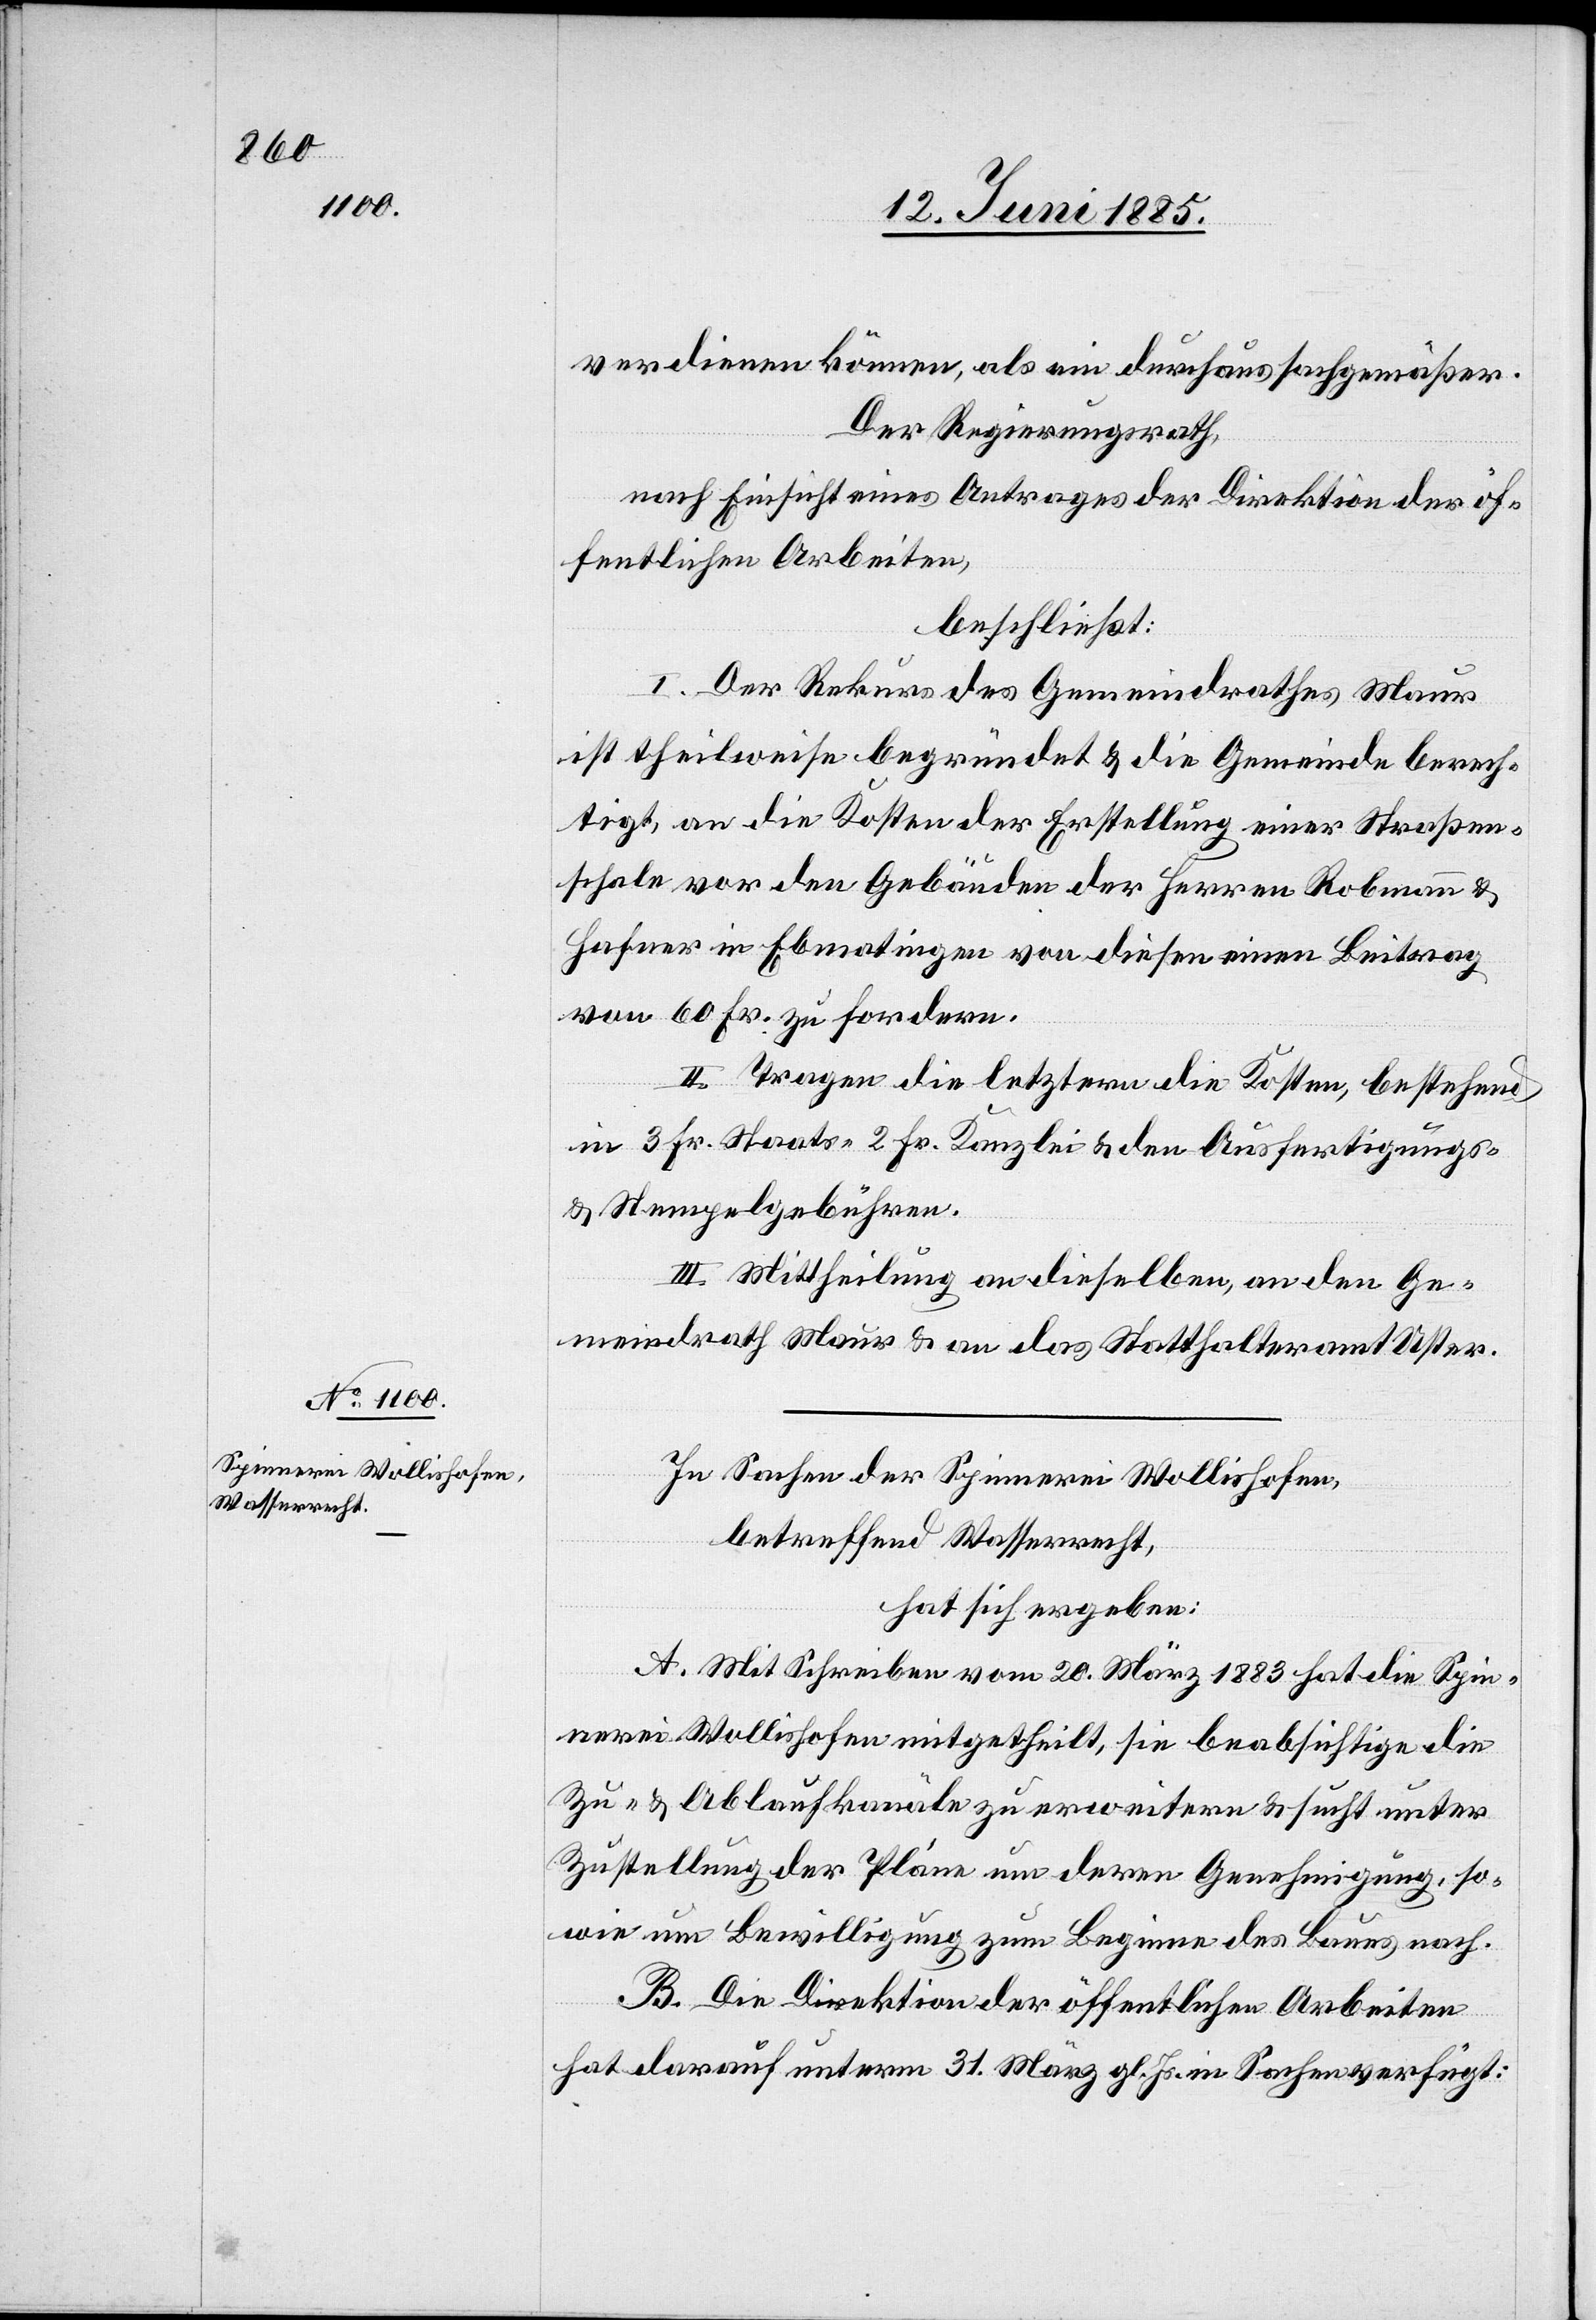
verdienen können, als ein durchaus sachgemäßer.
Der Regierungsrath,
nach Einsicht eines Antrages der Direktion der öf¬
fentlichen Arbeiten,
beschließt:
I. Der Rekurs des Gemeindrathes Maur
ist theilweise begründet & die Gemeinde berech¬
tigt, an die Kosten der Erstellung einer Straßen¬
schale vor den Gebäuden der Herren Robmann &
Hafner in Ebmatingen von diesen einen Beitrag
von 60 Fr, zu fordern.
II. Tragen die letztern die Kosten, bestehend
in 3 Fr. Staats-[,] 2 Fr. Kanzlei & den Ausfertigungs-
& Stempelgebühren.
III. Mittheilung an dieselben, an den Ge¬
meindrath Maur & an das Statthalteramt Uster.
In Sachen der Spinnerei Wollishofen,
betreffend Wasserrecht,
hat sich ergeben:
A. Mit Schreiben vom 20. März 1883 hat die Spin¬
nerei Wollishofen mitgetheilt, sie beabsichtige die
Zu- & Ablaufkanäle zu erweitern & sucht unter
Zustellung der Pläne um deren Genehmigung, so¬
wie um Bewilligung zum Beginne des Baues nach.
B. Die Direktion der öffentlichen Arbeiten
hat darauf unterm 31. März gl. Js. in Sachen verfügt: